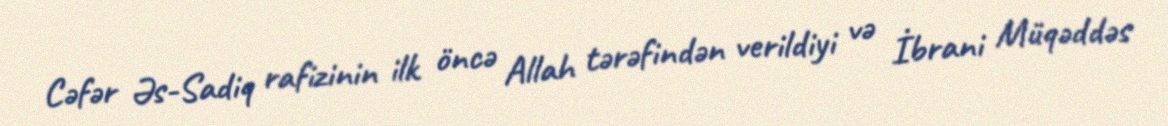
Cəfər Əs-Sadiq rafizinin ilk öncə Allah tərəfindən verildiyi və İbrani Müqəddəs